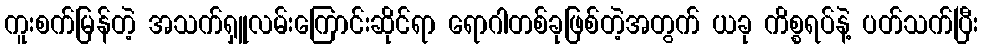
ကူးစက်မြန်တဲ့ အသက်ရှူလမ်းကြောင်းဆိုင်ရာ ရောဂါတစ်ခုဖြစ်တဲ့အတွက် ယခု ကိစ္စရပ်နဲ့ ပတ်သက်ပြီး